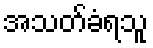
အသတ်ခံရသူ